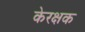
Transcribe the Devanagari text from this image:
केरक्षक